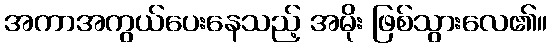
အကာအကွယ်ပေးနေသည့် အမိုး ဖြစ်သွားလေ၏။